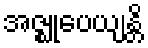
အဇ္ဈုပေယျန္တိ